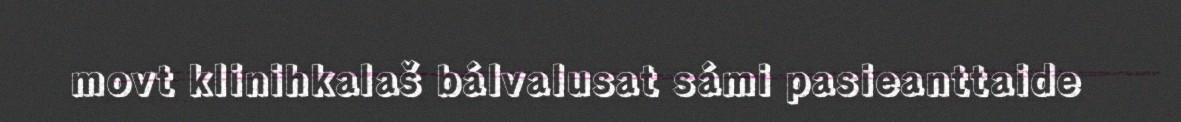
movt klinihkalaš bálvalusat sámi pasieanttaide